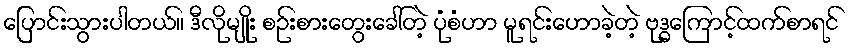
ပြောင်းသွားပါတယ်။ ဒီလိုမျိုး စဉ်းစားတွေးခေါ်တဲ့ ပုံစံဟာ မူရင်းဟောခဲ့တဲ့ ဗုဒ္ဓကြောင့်ထက်စာရင်